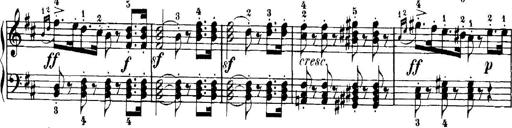
Title: 7 Sonatinas
Composer: Anton Diabelli